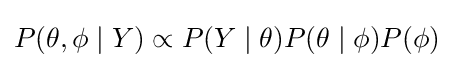
P(\theta ,\phi \mid Y)\propto P(Y\mid \theta )P(\theta \mid \phi )P(\phi )